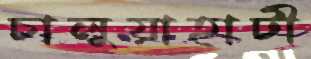
চালুয়াহাটী